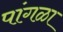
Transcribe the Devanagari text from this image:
पांगळा